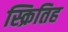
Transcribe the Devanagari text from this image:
स्क्रितिह